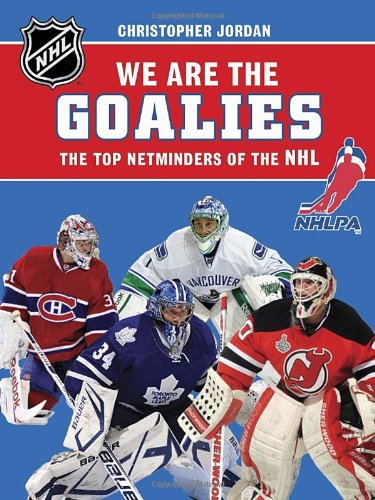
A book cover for We Are the Goalies: THE TOP NETMINDERS OF THE NHL (NHLPA/NHL We Are the Players Series); NHLPA; Children's Books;